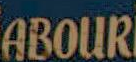
ABOUR